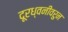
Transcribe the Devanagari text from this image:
दूरध्वनीवरुन